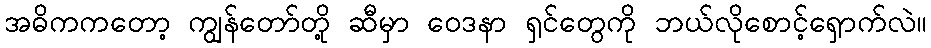
အဓိကကတော့ ကျွန်တော်တို့ ဆီမှာ ဝေဒနာ ရှင်တွေကို ဘယ်လိုစောင့်ရှောက်လဲ။